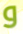
و